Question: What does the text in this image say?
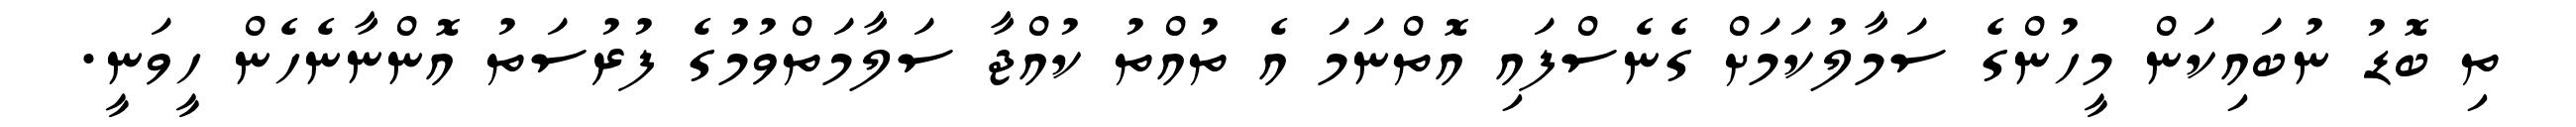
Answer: ތި ބޮޑު ނުބައިކަން މީހުންގެ ސަމާލުކަމަށް ގެނެސްފައި އޮތްނަމަ އެ ތުއްތު ކުއްޖާ ސަލާމަތްވުމުގެ ފުރުސަތު އޮންނާނެހެން ހީވަނީ.